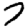
Digit: 7